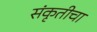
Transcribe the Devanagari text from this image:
संकृतीचा